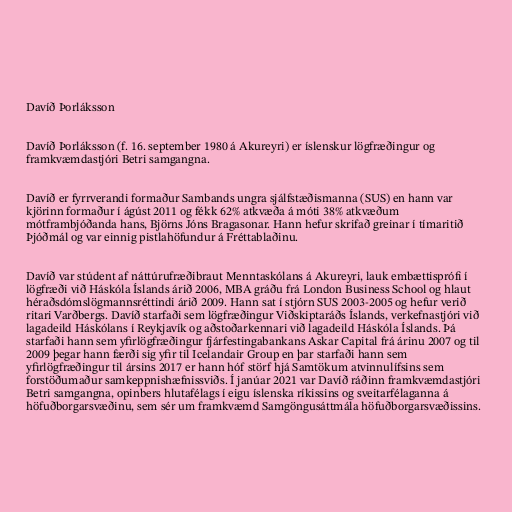
Davíð Þorláksson

Davíð Þorláksson (f. 16. september 1980 á Akureyri) er íslenskur lögfræðingur og
framkvæmdastjóri Betri samgangna.

Davíð er fyrrverandi formaður Sambands ungra sjálfstæðismanna (SUS) en hann var
kjörinn formaður í ágúst 2011 og fékk 62% atkvæða á móti 38% atkvæðum
mótframbjóðanda hans, Björns Jóns Bragasonar. Hann hefur skrifað greinar í tímaritið
Þjóðmál og var einnig pistlahöfundur á Fréttablaðinu.

Davíð var stúdent af náttúrufræðibraut Menntaskólans á Akureyri, lauk embættisprófi í
lögfræði við Háskóla Íslands árið 2006, MBA gráðu frá London Business School og hlaut
héraðsdómslögmannsréttindi árið 2009. Hann sat í stjórn SUS 2003-2005 og hefur verið
ritari Varðbergs. Davíð starfaði sem lögfræðingur Viðskiptaráðs Íslands, verkefnastjóri við
lagadeild Háskólans í Reykjavík og aðstoðarkennari við lagadeild Háskóla Íslands. Þá
starfaði hann sem yfirlögfræðingur fjárfestingabankans Askar Capital frá árinu 2007 og til
2009 þegar hann færði sig yfir til Icelandair Group en þar starfaði hann sem
yfirlögfræðingur til ársins 2017 er hann hóf störf hjá Samtökum atvinnulífsins sem
forstöðumaður samkeppnishæfnissviðs. Í janúar 2021 var Davíð ráðinn framkvæmdastjóri
Betri samgangna, opinbers hlutafélags í eigu íslenska ríkissins og sveitarfélaganna á
höfuðborgarsvæðinu, sem sér um framkvæmd Samgöngusáttmála höfuðborgarsvæðissins.